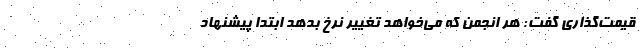
قيمت‌گذاري گفت: هر انجمن كه مي‌خواهد تغيير نرخ بدهد ابتدا پيشنهاد